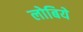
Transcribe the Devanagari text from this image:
लोबिये